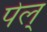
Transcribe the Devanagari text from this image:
पेल्